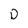
Character: D